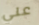
علي